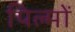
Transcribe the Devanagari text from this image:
पिल्मों